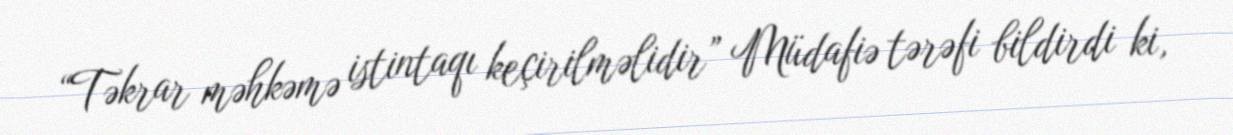
“Təkrar məhkəmə istintaqı keçirilməlidir” Müdafiə tərəfi bildirdi ki,